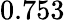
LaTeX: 0.753